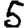
Digit: 5